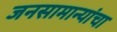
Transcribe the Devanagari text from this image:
जनसामान्यांचा